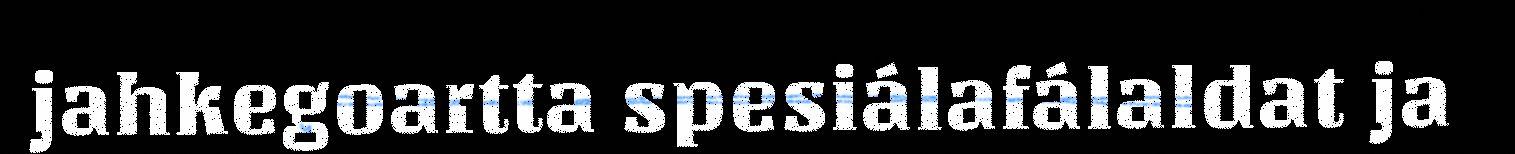
jahkegoartta spesiálafálaldat ja